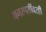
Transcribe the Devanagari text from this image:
वनस्पतींवरही